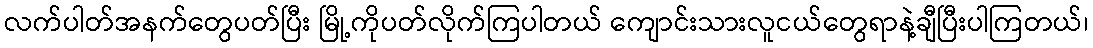
လက်ပါတ်အနက်တွေပတ်ပြီး မြို့ကိုပတ်လိုက်ကြပါတယ် ကျောင်းသားလူငယ်တွေရာနဲ့ချီပြီးပါကြတယ်၊